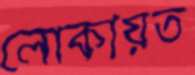
লোকায়ত